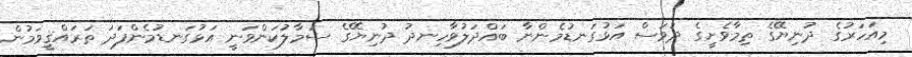
މިއަހަރުގެ ދުނިޔޭގެ ތިމާވެށީގެ ދުވަސް އަޅުގަނޑުމެންނާ ބައްދަލުވާހިނދު ދުނިޔޭގެ ސަމާލުކަންވަނީ އަޅުގަނޑުމެންފަދަ ތަރައްޤީވަމުން